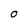
Character: O